Medical and sanitary report of the native army of Madras for the year
Year: 1872
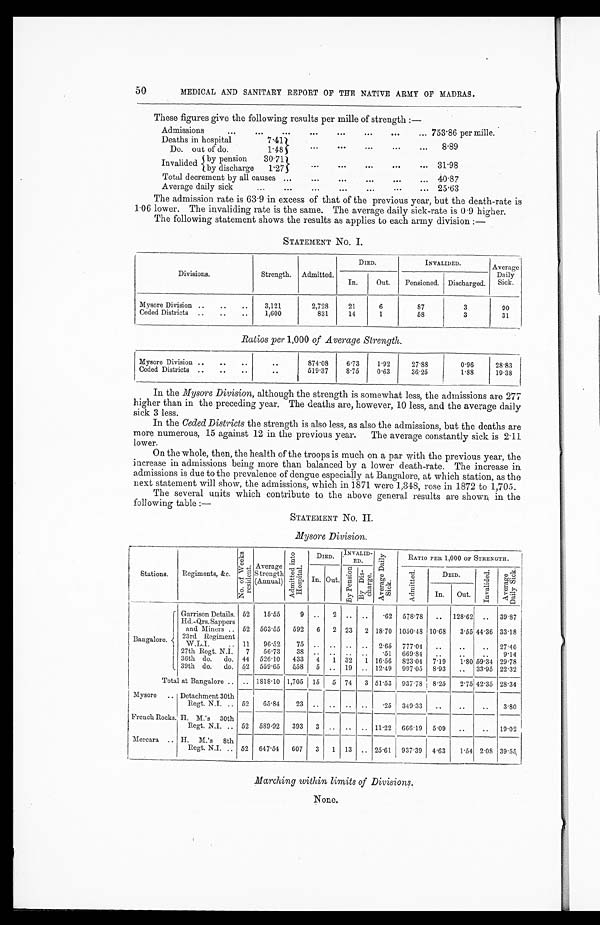
50
MEDICAL AND SANITARY REPORT OF THE NATIVE ARMY OF MADRAS.
These figures give the following results per mille of strength :—
Admissions
753.86 per mille.
Deaths in hospital
7.41
8 89
Do. out of do
1.48
by pension
Invalided by discharge
30.711
•••
l'27
31.98
Total decrement by all causes
40.87
Average daily sick
25'63
The admission rate is 63.9 in excess of that of the previous year, but the death-rate is
1.06 lower. The invaliding rate is the same. The average daily sick-rate is 0.9 higher.
The following statement shows the results as applies to each army division : —
STATEMENT No. I.
DIED.
INVALIDED.
Average
Divisions.
Strength. Admitted.
In.
Out.
Pensioned. Discharged.
Daily
Sick.
Mysore Division
3,121
2,728
21
6
87
3
90
Ceded Districts
1,600
831
14
1
58
3
31
Ratios per 1,000 of Average Strength.
Mysore Division
...
874.08
6.73
1.92
27.88
0.96
28.83
Ceded Districts
...
519.37
8.75
0.63
36.25
1.88
19.38
In the Mysore Division, although the strength is somewhat less, the admissions are 277
higher than in the preceding year. The deaths are, however, 10 less, and the average daily
sick 3 less.
In the Ceded Districts the strength is also less, as also the admissions, but the deaths are
more numerous, 15 against 12 in the previous year. The average constantly sick is 2.11
lower.
On the whole, then, the health of the troops is much on a par with the previous year, the
increase in admissions being more than balanced by a lower death-rate. The increase in
admissions is due to the prevalence of dengue especially at Bangalore, at which station, as the
next statement will show, the admissions, which in 1871 were 1,348, rose in 1872 to 1,705.
The several units which contribute to the above general results are shown in the
following table :—
STATEMENT No. II.
Mysore Division.
No . o f We e k s r e s i d e n t .
A d m i t t e d i n t o H o s p i t a l
DIED.
,INVALID
ED.
A v e r a g e D a i l y S i c k .
RATIO PER 1,000 OF STRENGTH.
Stations.
Regiments, &c.
Average,
Strength
(Annual)
In. Out.
By Pens i on
B y D i s c h a r g e
Admitted
DEID.
I nval i ded.
A v e r a g e D a i l y S i c k .
In. Out.
Garrison Details. 52
15.55
9 ..
2
.. ..
62 578.78
..
128.62 ..
39.87
Hd. -Qrs. Sappers
and Miners
52 563.55
592
6 2 23 2 18.70 1050.48 10.68
3.55 44.36 33.18
Bangalore.
23rd Regiment
W.L.I.
11
96.52
75
..
.. .. .. 2.65 777.04 ..
..
..
27.48
27th Regt. N.I. 7
56.73
38 ..
..
..
..
51 669.84
..
..
..
9.14
36th do.do. 44 526.10 433 4 1 32 1 16.56 823.04 7.19
1.80 59.34 29.78
39th do. do. 52 559.65 558 5 .. 19 .. 12.49 997.05 8.93
..
33.95 22.32
T o t a l
a t B a n g a l o r e
.. 1818.10 1,705 15
5 74
3 51.53 937.78 8.25
2.75 42.35 28.34
Mysore
Detachment 30th
Regt. N.I.
52
65.84
23 ..
..
..
..
25
349.33
..
..
..
3.80
French Rocks H.M.'s 30th
Regt. N.I.
52 589.92
393
3 .. .. .. 11.22 666.19 5.09 .. ..
19.02
Mercara
H. M.'s 8th
Regt. N.I.
52 647.54
607
3 1 13
..
25.61
937.39 4.63
1.54 2.08 39.55
Marching within limits of Divisions.
None.